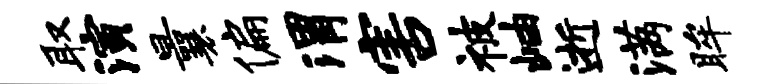
取演曩偏渭害被岫逝满眸